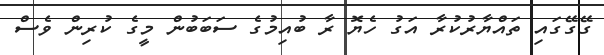
ގޭގޭގައި ތައްޔާރުކުރާ އަގު ހެޔޮ ރާ ބުއިމުގެ ސަބަބުން މީގެ ކުރިން ވެސް